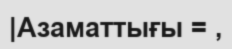
|Азаматтығы = ,